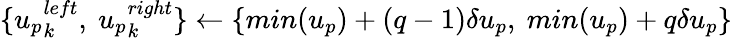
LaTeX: \{ {u_{p}}_{k}^{left},\ {u_{p}}_{k}^{right}\} \gets\{ min(u_{p})+(q-1)\delta u_{p},\ min(u_{p})+q\delta u_{p}\}